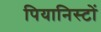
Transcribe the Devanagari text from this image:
पियानिस्टों